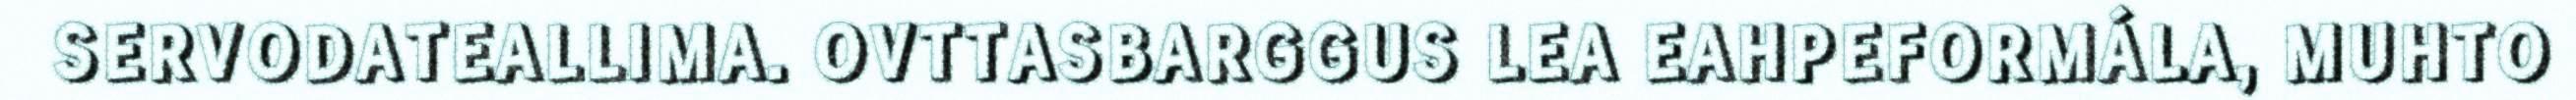
SERVODATEALLIMA. OVTTASBARGGUS LEA EAHPEFORMÁLA, MUHTO